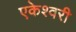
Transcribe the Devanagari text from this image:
एकेश्वरी